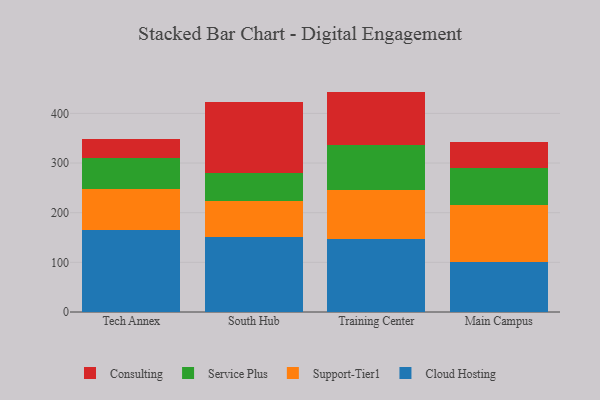
{"axis": {"x": "Campus", "y": "Inventory Turnover"}, "legend": ["Cloud Hosting", "Consulting", "Service Plus", "Support-Tier1"], "data": [{"x": "Tech Annex", "y": 164.4, "type": "Cloud Hosting"}, {"x": "Tech Annex", "y": 84.1, "type": "Support-Tier1"}, {"x": "Tech Annex", "y": 61.2, "type": "Service Plus"}, {"x": "Tech Annex", "y": 38.1, "type": "Consulting"}, {"x": "South Hub", "y": 150.1, "type": "Cloud Hosting"}, {"x": "South Hub", "y": 74.1, "type": "Support-Tier1"}, {"x": "South Hub", "y": 55.1, "type": "Service Plus"}, {"x": "South Hub", "y": 143.1, "type": "Consulting"}, {"x": "Training Center", "y": 146.6, "type": "Cloud Hosting"}, {"x": "Training Center", "y": 98.3, "type": "Support-Tier1"}, {"x": "Training Center", "y": 90.5, "type": "Service Plus"}, {"x": "Training Center", "y": 108.5, "type": "Consulting"}, {"x": "Main Campus", "y": 100.8, "type": "Cloud Hosting"}, {"x": "Main Campus", "y": 114.5, "type": "Support-Tier1"}, {"x": "Main Campus", "y": 74.6, "type": "Service Plus"}, {"x": "Main Campus", "y": 53.3, "type": "Consulting"}]}